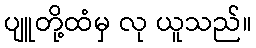
ပျူတို့ထံမှ လု ယူသည်။